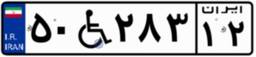
۵۰W۲۸۳۱۲